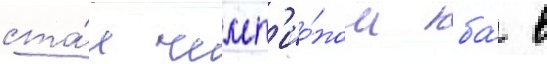
ста́л чемп'ио́ном нба́ в